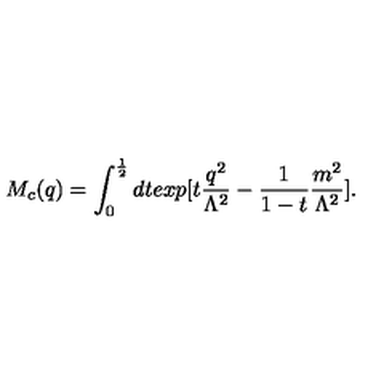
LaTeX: M _ { c } ( q ) = \int _ { 0 } ^ { \frac { 1 } { 2 } } d t e x p [ t \frac { q ^ { 2 } } { \Lambda ^ { 2 } } - \frac { 1 } { 1 - t } \frac { m ^ { 2 } } { \Lambda ^ { 2 } } ] .